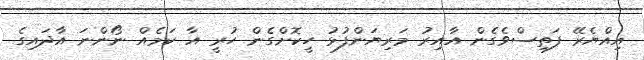
އިއްޔެރޭ ފަތިސްވެގެން އާއިރު މަރިޔަންފުޅު ހީކޮށްގެން ހުރީ އާ ކަމެއް ނޯންނަ އާދައިގެ